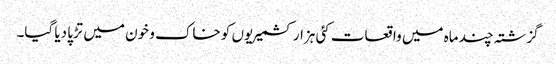
گزشتہ چند ماہ میں واقعات کئی ہزار کشمیریوں کو خاک و خون میں تڑپا دیا گیا۔